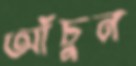
আঁচুন